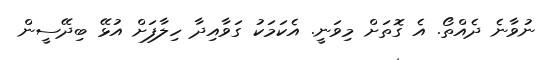
ނުވާނެ ދެއްތޯ. އެ ގޮތަށް މިވަނީ. އެކަމަކު ގަވާއިދާ ހިލާފަށް އުޅޭ ބިދޭސީން